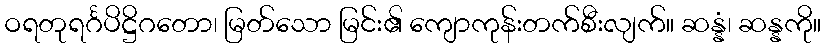
ဝရတုရင်္ဂပိဋ္ဌိဂတော၊ မြတ်သော မြင်း၏ ကျောကုန်းတက်စီးလျက်။ ဆန္နံ၊ ဆန္နကို။